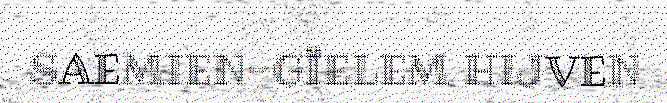
SAEMIEN-GÏELEM HIJVEN